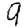
Digit: 9